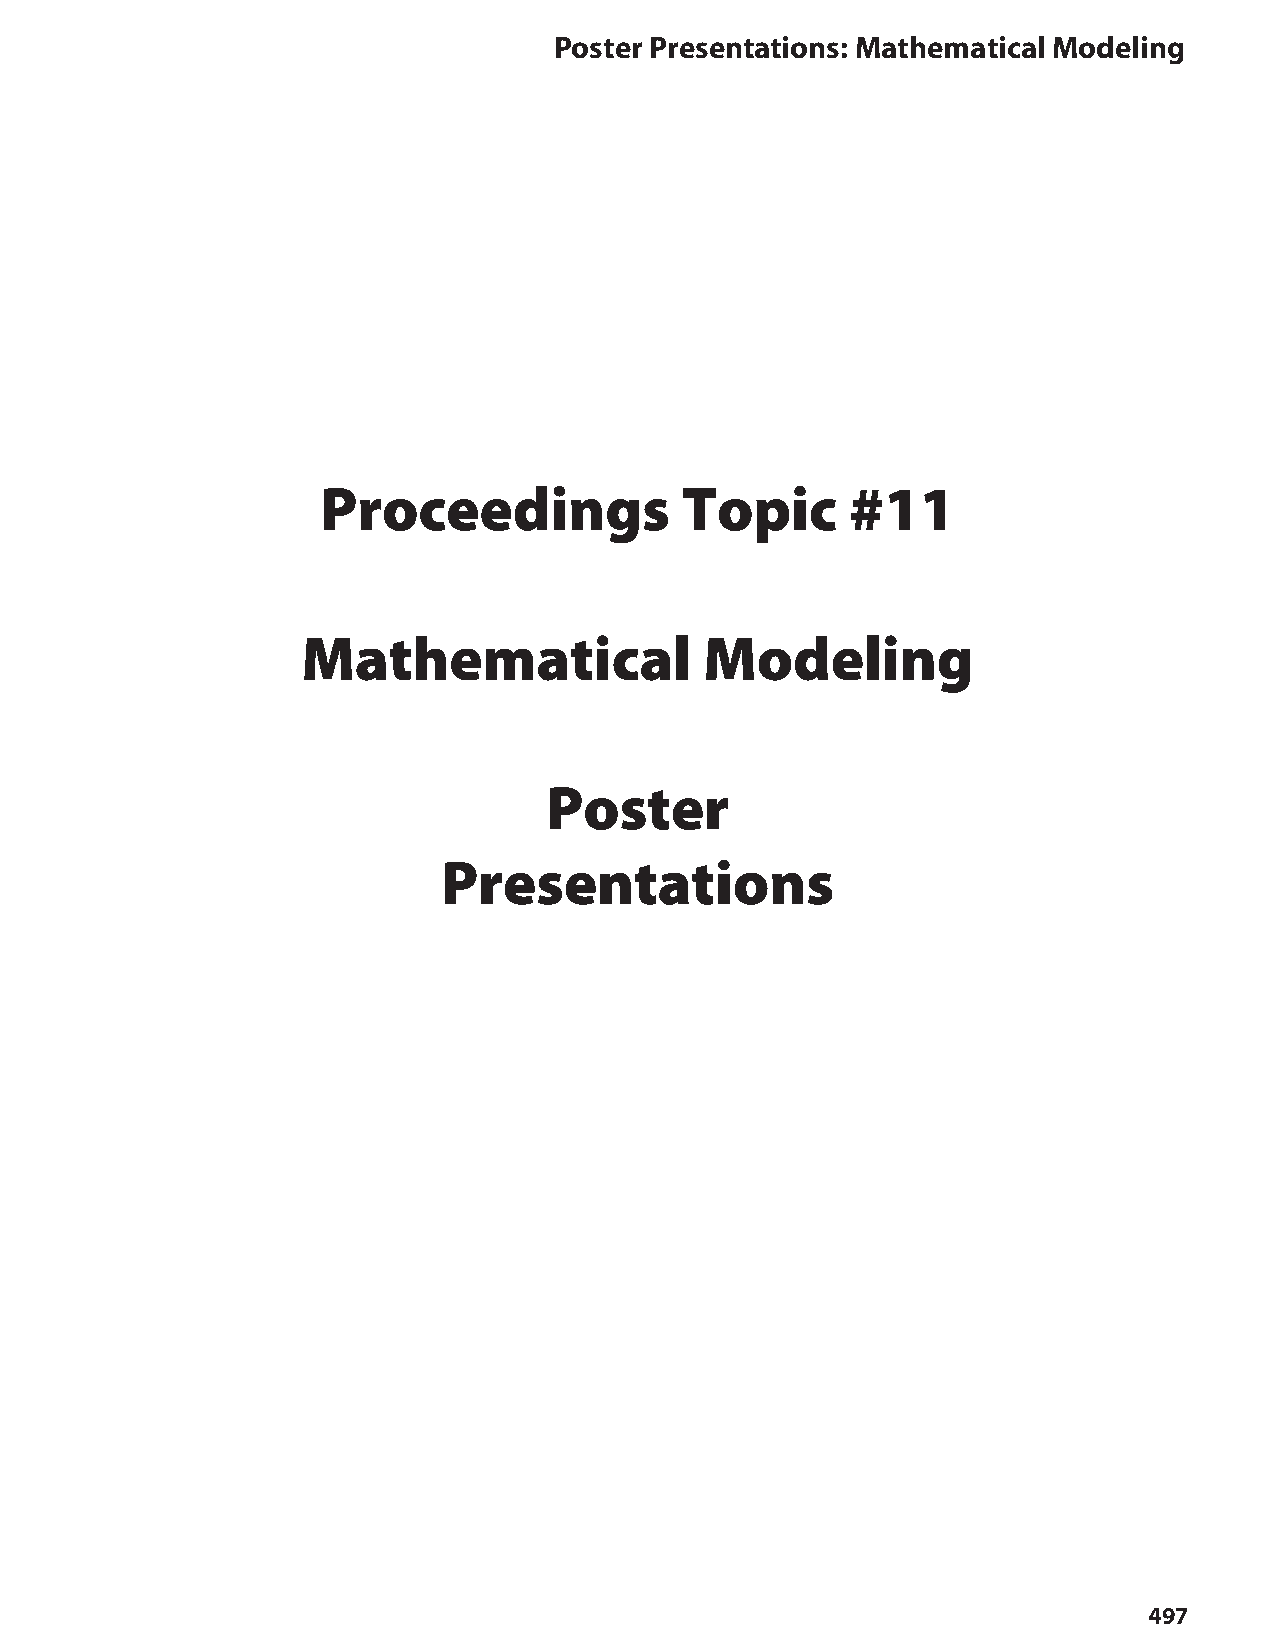
Poster Presentations: Mathematical Modeling
 Proceedings             Topic      #11
 Mathematical               Modeling
 Poster
 Presentations
 497